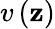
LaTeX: v\left(\mathbf{z}\right)